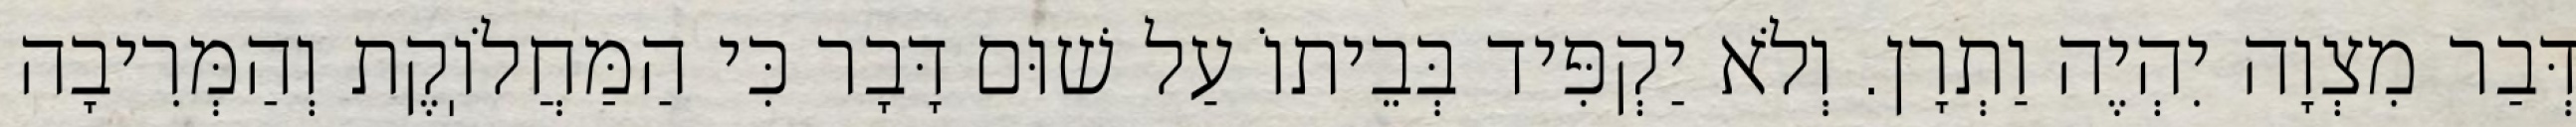
דְּבַר מִצְוָה יִהְיֶה וַתְרָן. וְלֹא יַקְפִּיד בְּבֵיתוֹ עַל שׁוּם דָּבָר כִּי הַמַּחֲלֹוֽקֶת וְהַמְּרִיבָה